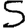
Digit: 5